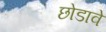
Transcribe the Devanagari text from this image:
छोडावे